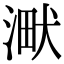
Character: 𣸋